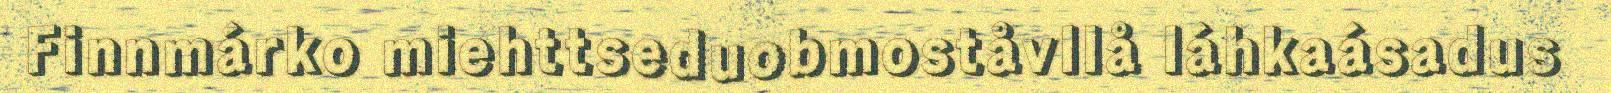
Finnmárko miehttseduobmoståvllå láhkaásadus